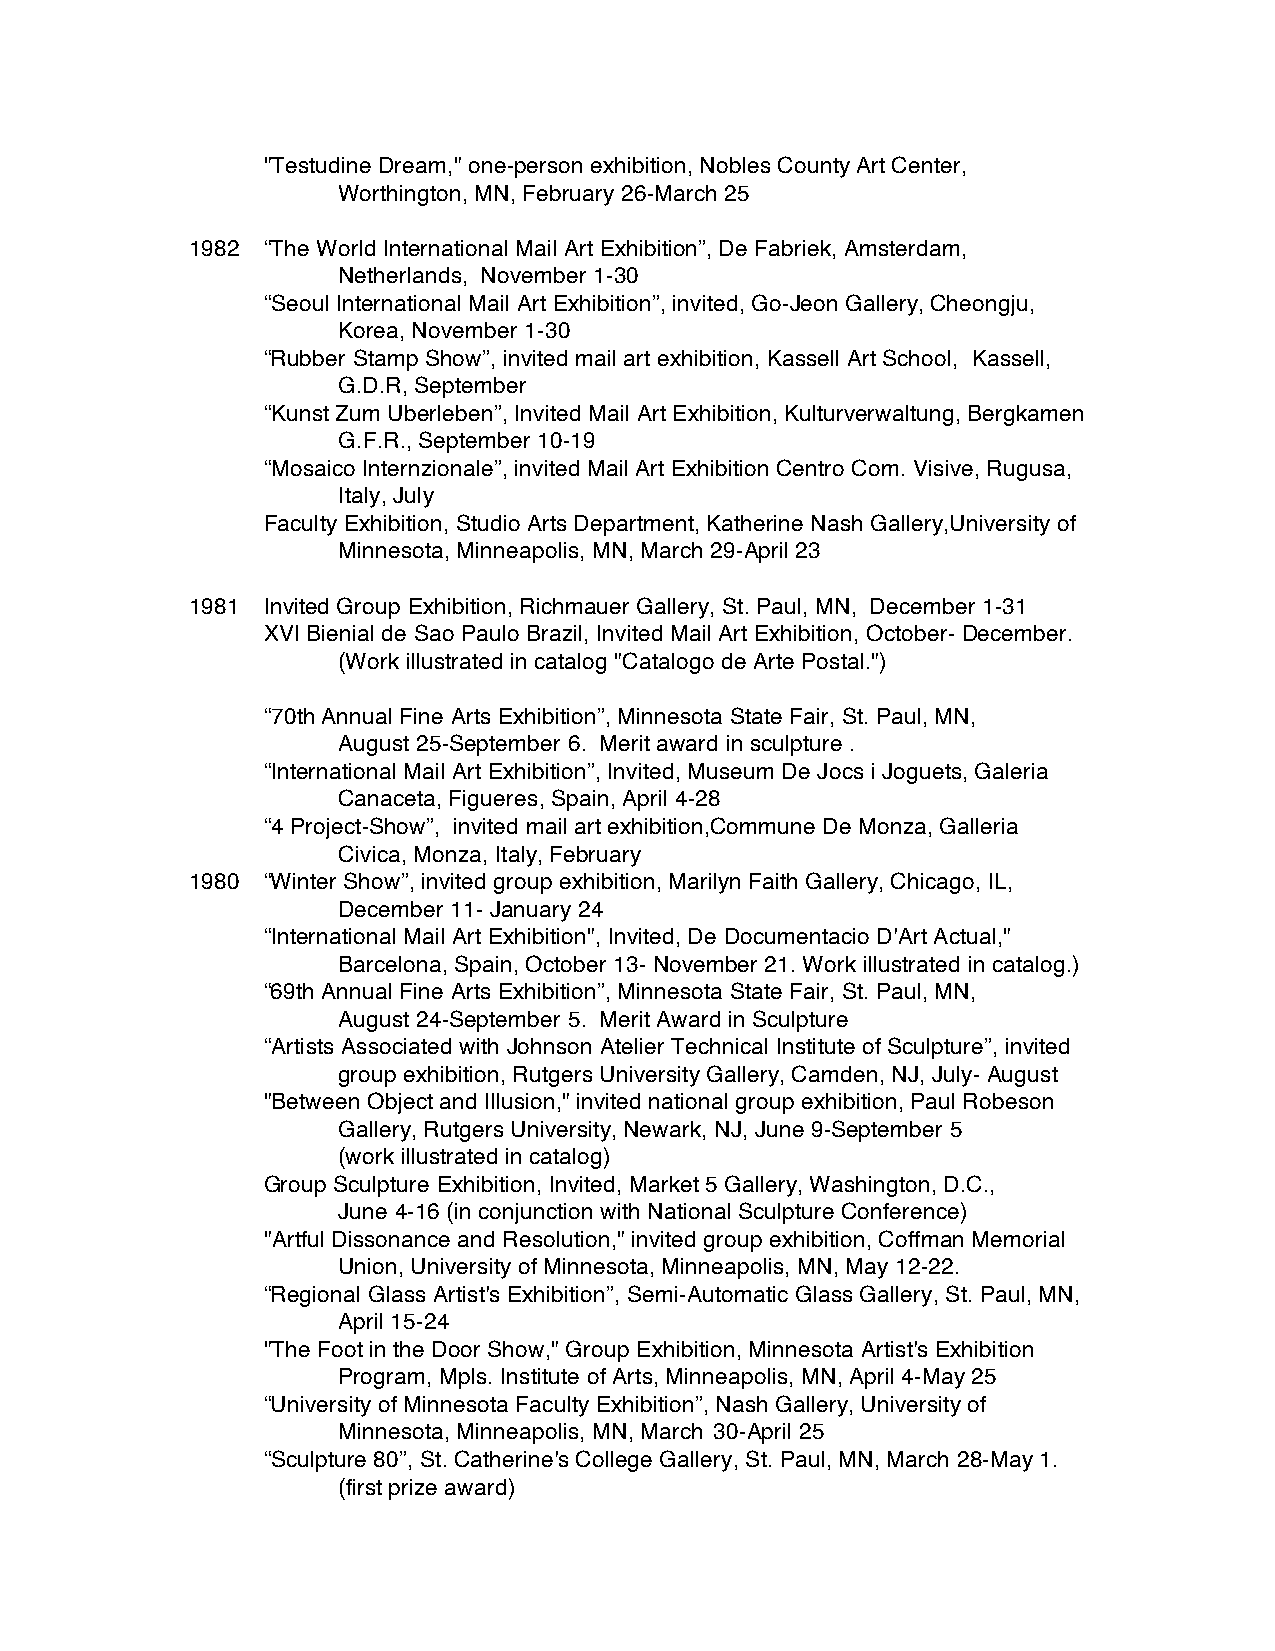
"Testudine Dream," one-person exhibition, Nobles County Art Center,
 Worthington, MN, February 26-March 25
 1982 “The World International Mail Art Exhibition”, De Fabriek, Amsterdam,
 Netherlands, November 1-30
 “Seoul International Mail Art Exhibition”, invited, Go-Jeon Gallery, Cheongju,
 Korea, November 1-30
 “Rubber Stamp Show”, invited mail art exhibition, Kassell Art School, Kassell,
 G.D.R, September
 “Kunst Zum Uberleben”, Invited Mail Art Exhibition, Kulturverwaltung, Bergkamen
 G.F.R., September 10-19
 “Mosaico Internzionale”, invited Mail Art Exhibition Centro Com. Visive, Rugusa,
 Italy, July
 Faculty Exhibition, Studio Arts Department, Katherine Nash Gallery,University of
 Minnesota, Minneapolis, MN, March 29-April 23
 1981 Invited Group Exhibition, Richmauer Gallery, St. Paul, MN, December 1-31
 XVI Bienial de Sao Paulo Brazil, Invited Mail Art Exhibition, October- December.
 (Work illustrated in catalog "Catalogo de Arte Postal.")
 “70th Annual Fine Arts Exhibition”, Minnesota State Fair, St. Paul, MN,
 August 25-September 6. Merit award in sculpture .
 “International Mail Art Exhibition”, Invited, Museum De Jocs i Joguets, Galeria
 Canaceta, Figueres, Spain, April 4-28
 “4 Project-Show”, invited mail art exhibition,Commune De Monza, Galleria
 Civica, Monza, Italy, February
 1980 “Winter Show”, invited group exhibition, Marilyn Faith Gallery, Chicago, IL,
 December 11- January 24
 “International Mail Art Exhibition", Invited, De Documentacio D'Art Actual,"
 Barcelona, Spain, October 13- November 21. Work illustrated in catalog.)
 “69th Annual Fine Arts Exhibition”, Minnesota State Fair, St. Paul, MN,
 August 24-September 5. Merit Award in Sculpture
 “Artists Associated with Johnson Atelier Technical Institute of Sculpture”, invited
 group exhibition, Rutgers University Gallery, Camden, NJ, July- August
 "Between Object and Illusion," invited national group exhibition, Paul Robeson
 Gallery, Rutgers University, Newark, NJ, June 9-September 5
 (work illustrated in catalog)
 Group Sculpture Exhibition, Invited, Market 5 Gallery, Washington, D.C.,
 June 4-16 (in conjunction with National Sculpture Conference)
 "Artful Dissonance and Resolution," invited group exhibition, Coffman Memorial
 Union, University of Minnesota, Minneapolis, MN, May 12-22.
 “Regional Glass Artist's Exhibition”, Semi-Automatic Glass Gallery, St. Paul, MN,
 April 15-24
 "The Foot in the Door Show," Group Exhibition, Minnesota Artist's Exhibition
 Program, Mpls. Institute of Arts, Minneapolis, MN, April 4-May 25
 “University of Minnesota Faculty Exhibition”, Nash Gallery, University of
 Minnesota, Minneapolis, MN, March 30-April 25
 “Sculpture 80”, St. Catherine's College Gallery, St. Paul, MN, March 28-May 1.
 (first prize award)